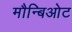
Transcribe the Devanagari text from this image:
मौन्बिओट